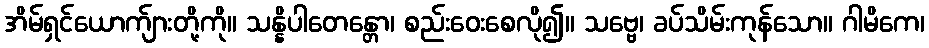
အိမ်ရှင်ယောက်ျားတို့ကို။ သန္နိပါတေန္တော၊ စည်းဝေးစေလို၍။ သဗ္ဗေ၊ ခပ်သိမ်းကုန်သော။ ဂါမိကေ၊